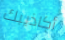
أكاذيبك